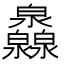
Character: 灥